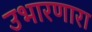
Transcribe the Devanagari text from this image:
उभारणारा